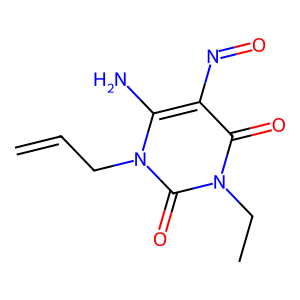
SMILES: C=CCn1c(N)c(N=O)c(=O)n(CC)c1=O
Inhibits HIV replication: No